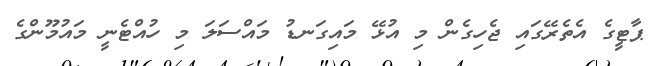
ޕާޓީގެ އެތެރޭގައި ޖެހިގެން މި އުޅޭ މައިގަނޑު މައްސަލަ މި ހުއްޓެނީ މައުމޫންގެ